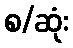
စ/ဆုံး